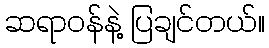
ဆရာဝန်နဲ့ ပြချင်တယ်။